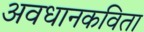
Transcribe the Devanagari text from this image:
अवधानकविता